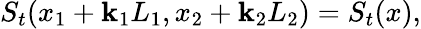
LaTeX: S_{t}(x_{1}+\mathbf{k}_{1}L_{1},x_{2}+\mathbf{k}_{2}L_{2})=S_{t}(x),